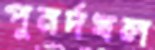
পুনর্দখল